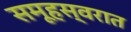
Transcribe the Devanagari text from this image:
समूहस्वरात